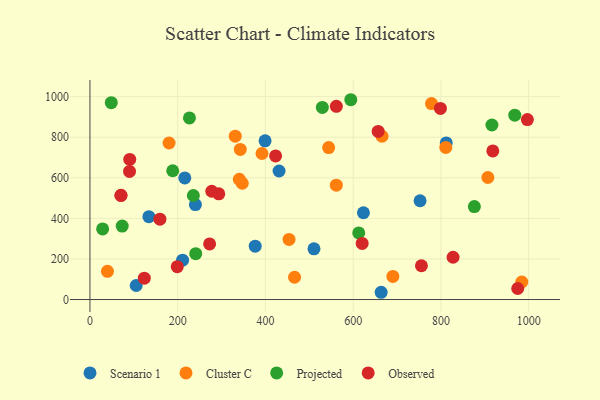
{"axis": {"x": "Experience", "y": "Sales"}, "legend": ["Cluster C", "Observed", "Projected", "Scenario 1"], "data": [{"x": "211.1", "y": 194.0, "type": "Scenario 1"}, {"x": "431.1", "y": 633.5, "type": "Scenario 1"}, {"x": "623.4", "y": 427.7, "type": "Scenario 1"}, {"x": "752.5", "y": 486.9, "type": "Scenario 1"}, {"x": "105.4", "y": 69.1, "type": "Scenario 1"}, {"x": "399.2", "y": 782.4, "type": "Scenario 1"}, {"x": "134.4", "y": 408.2, "type": "Scenario 1"}, {"x": "663.8", "y": 35.8, "type": "Scenario 1"}, {"x": "812.2", "y": 772.0, "type": "Scenario 1"}, {"x": "376.7", "y": 262.8, "type": "Scenario 1"}, {"x": "216.2", "y": 599.4, "type": "Scenario 1"}, {"x": "510.7", "y": 249.8, "type": "Scenario 1"}, {"x": "240.4", "y": 467.9, "type": "Scenario 1"}, {"x": "340.5", "y": 592.6, "type": "Cluster C"}, {"x": "180.3", "y": 771.5, "type": "Cluster C"}, {"x": "907.0", "y": 601.3, "type": "Cluster C"}, {"x": "392.2", "y": 719.6, "type": "Cluster C"}, {"x": "347.2", "y": 573.1, "type": "Cluster C"}, {"x": "690.5", "y": 114.0, "type": "Cluster C"}, {"x": "984.4", "y": 86.4, "type": "Cluster C"}, {"x": "665.8", "y": 804.7, "type": "Cluster C"}, {"x": "466.4", "y": 109.8, "type": "Cluster C"}, {"x": "331.2", "y": 805.1, "type": "Cluster C"}, {"x": "778.6", "y": 965.7, "type": "Cluster C"}, {"x": "561.6", "y": 563.8, "type": "Cluster C"}, {"x": "39.9", "y": 139.2, "type": "Cluster C"}, {"x": "811.1", "y": 749.7, "type": "Cluster C"}, {"x": "453.8", "y": 296.1, "type": "Cluster C"}, {"x": "342.7", "y": 739.9, "type": "Cluster C"}, {"x": "544.1", "y": 749.0, "type": "Cluster C"}, {"x": "968.4", "y": 908.7, "type": "Projected"}, {"x": "48.6", "y": 970.1, "type": "Projected"}, {"x": "241.1", "y": 225.9, "type": "Projected"}, {"x": "876.2", "y": 458.3, "type": "Projected"}, {"x": "529.7", "y": 947.0, "type": "Projected"}, {"x": "916.3", "y": 860.1, "type": "Projected"}, {"x": "188.7", "y": 634.7, "type": "Projected"}, {"x": "612.7", "y": 328.3, "type": "Projected"}, {"x": "73.5", "y": 361.9, "type": "Projected"}, {"x": "226.8", "y": 894.9, "type": "Projected"}, {"x": "594.6", "y": 984.7, "type": "Projected"}, {"x": "28.9", "y": 347.8, "type": "Projected"}, {"x": "235.7", "y": 512.7, "type": "Projected"}, {"x": "827.7", "y": 208.4, "type": "Observed"}, {"x": "199.0", "y": 162.0, "type": "Observed"}, {"x": "70.8", "y": 513.8, "type": "Observed"}, {"x": "90.2", "y": 631.5, "type": "Observed"}, {"x": "70.6", "y": 512.8, "type": "Observed"}, {"x": "620.5", "y": 276.6, "type": "Observed"}, {"x": "123.9", "y": 105.2, "type": "Observed"}, {"x": "293.7", "y": 520.8, "type": "Observed"}, {"x": "918.3", "y": 732.4, "type": "Observed"}, {"x": "997.1", "y": 886.8, "type": "Observed"}, {"x": "657.0", "y": 828.7, "type": "Observed"}, {"x": "90.7", "y": 690.5, "type": "Observed"}, {"x": "272.8", "y": 274.2, "type": "Observed"}, {"x": "755.6", "y": 166.6, "type": "Observed"}, {"x": "159.5", "y": 395.8, "type": "Observed"}, {"x": "423.2", "y": 707.6, "type": "Observed"}, {"x": "561.7", "y": 952.1, "type": "Observed"}, {"x": "975.1", "y": 54.3, "type": "Observed"}, {"x": "277.7", "y": 533.6, "type": "Observed"}, {"x": "798.9", "y": 941.8, "type": "Observed"}]}